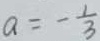
a = - \frac { 1 } { 3 }